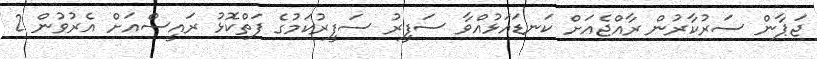
ޖަޕާން ސަރުކާރުން ރާއްޖެއަށް ކަނޑައަޅުއްވާ ސަފީރު ސަފީރުކަމުގެ ފަތްކޮޅު ރައީސްއަށް އެރުވުން 2